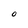
Character: O